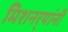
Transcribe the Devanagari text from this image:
मिशनर्‍यांनी